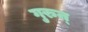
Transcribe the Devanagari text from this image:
गुरुन्